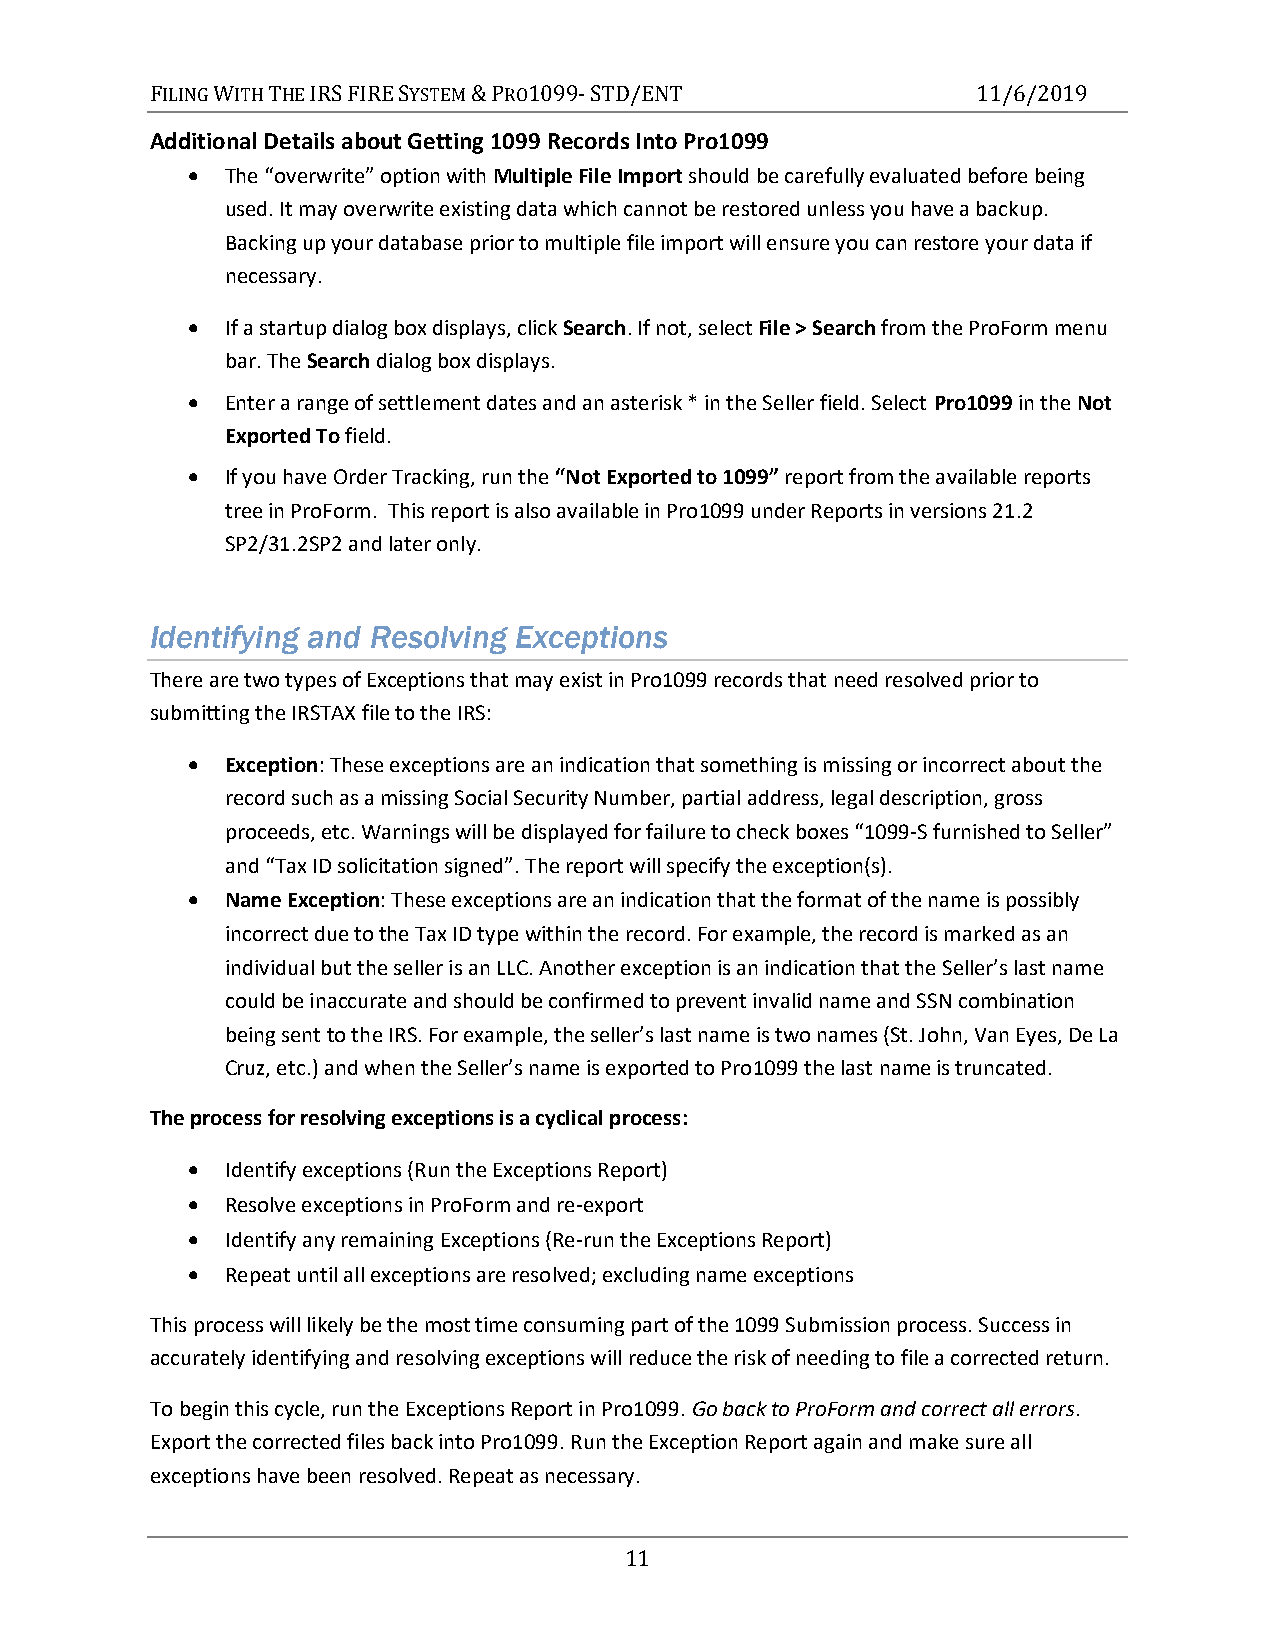
FILING WITH THE IRS FIRE SYSTEM & PRO1099- STD/ENT     11/6/2019
 Additional Details about Getting 1099 Records Into Pro1099
   The “overwrite” option with Multiple File Import should be carefully evaluated before being
 used. It may overwrite existing data which cannot be restored unless you have a backup.
 Backing up your database prior to multiple file import will ensure you can restore your data if
 necessary.
   If a startup dialog box displays, click Search. If not, select File > Search from the ProForm menu
 bar. The Search dialog box displays.
   Enter a range of settlement dates and an asterisk * in the Seller field. Select Pro1099 in the Not
 Exported To field.
   If you have Order Tracking, run the “Not Exported to 1099” report from the available reports
 tree in ProForm. This report is also available in Pro1099 under Reports in versions 21.2
 SP2/31.2SP2 and later only.
 Identifying and Resolving Exceptions
 There are two types of Exceptions that may exist in Pro1099 records that need resolved prior to
 submitting the IRSTAX file to the IRS:
   Exception: These exceptions are an indication that something is missing or incorrect about the
 record such as a missing Social Security Number, partial address, legal description, gross
 proceeds, etc. Warnings will be displayed for failure to check boxes “1099-S furnished to Seller”
 and “Tax ID solicitation signed”. The report will specify the exception(s).
   Name Exception: These exceptions are an indication that the format of the name is possibly
 incorrect due to the Tax ID type within the record. For example, the record is marked as an
 individual but the seller is an LLC. Another exception is an indication that the Seller’s last name
 could be inaccurate and should be confirmed to prevent invalid name and SSN combination
 being sent to the IRS. For example, the seller’s last name is two names (St. John, Van Eyes, De La
 Cruz, etc.) and when the Seller’s name is exported to Pro1099 the last name is truncated.
 The process for resolving exceptions is a cyclical process:
   Identify exceptions (Run the Exceptions Report)
   Resolve exceptions in ProForm and re-export
   Identify any remaining Exceptions (Re-run the Exceptions Report)
   Repeat until all exceptions are resolved; excluding name exceptions
 This process will likely be the most time consuming part of the 1099 Submission process. Success in
 accurately identifying and resolving exceptions will reduce the risk of needing to file a corrected return.
 To begin this cycle, run the Exceptions Report in Pro1099. Go back to ProForm and correct all errors.
 Export the corrected files back into Pro1099. Run the Exception Report again and make sure all
 exceptions have been resolved. Repeat as necessary.
 11